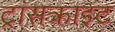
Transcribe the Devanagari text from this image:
ट्रांसक्राइट